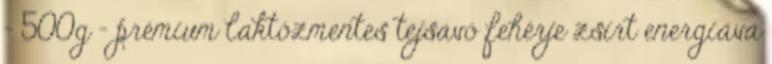
- 500g - prémium laktózmentes tejsavó fehérje zsírt energiává